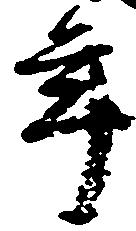
年